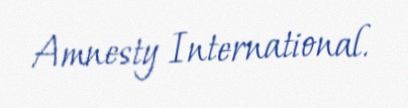
Amnesty International.